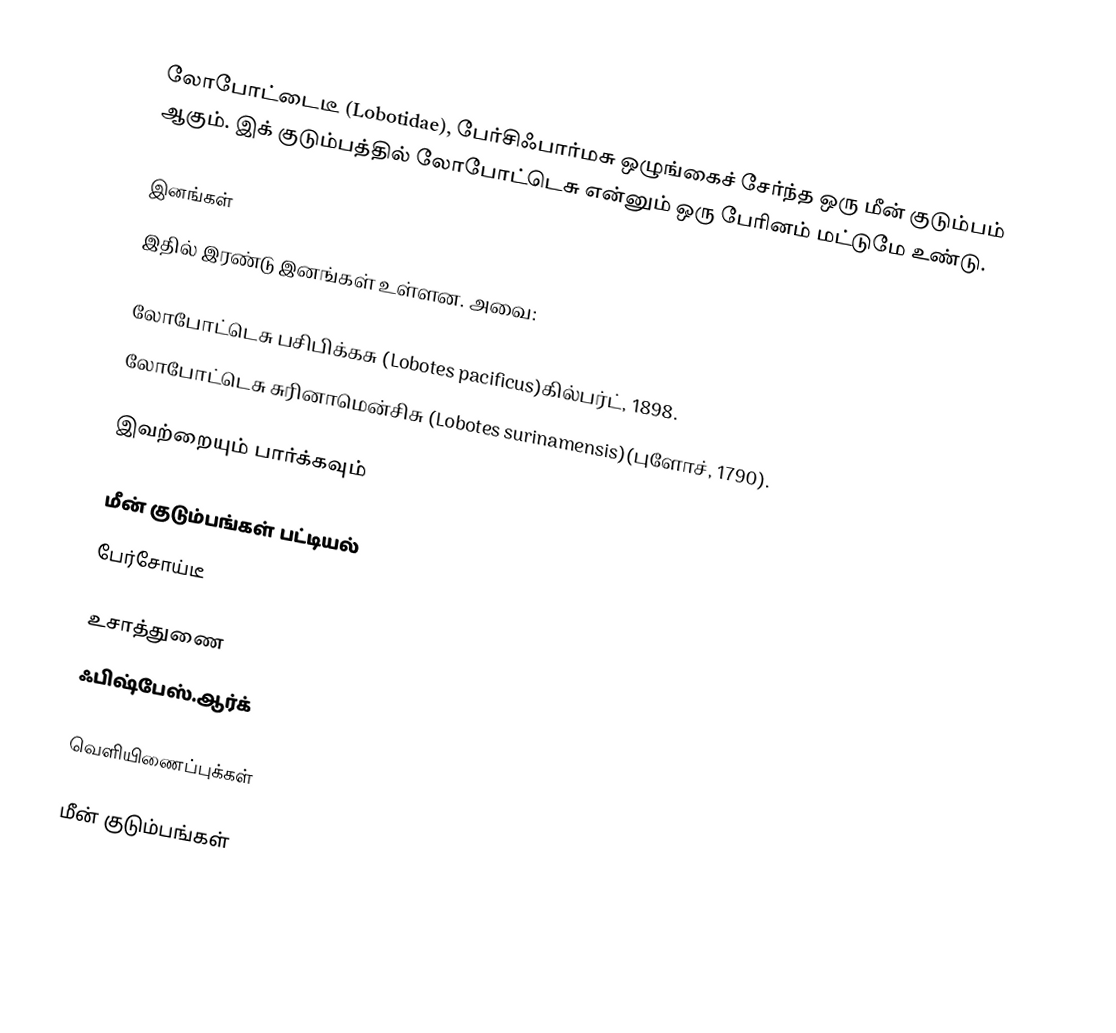
லோபோட்டைடீ (Lobotidae), பேர்சிஃபார்மசு ஒழுங்கைச் சேர்ந்த ஒரு மீன் குடும்பம் ஆகும். இக் குடும்பத்தில் லோபோட்டெசு என்னும் ஒரு பேரினம் மட்டுமே உண்டு.

இனங்கள்
இதில் இரண்டு இனங்கள் உள்ளன. அவை:

 லோபோட்டெசு பசிபிக்கசு (Lobotes pacificus)கில்பர்ட், 1898.
 லோபோட்டெசு சுரினாமென்சிசு (Lobotes surinamensis)(புளோச், 1790).

இவற்றையும் பார்க்கவும்

 மீன் குடும்பங்கள் பட்டியல்
 பேர்சோய்டீ

உசாத்துணை
 ஃபிஷ்பேஸ்.ஆர்க்

வெளியிணைப்புக்கள்

மீன் குடும்பங்கள்